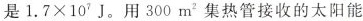
是 $$1 . 7 \times 1 0 ^ { 7 } J$$ 。用300 m^{2} 集热管接收的太阳能